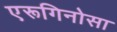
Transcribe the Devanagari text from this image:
एरूगिनोसा